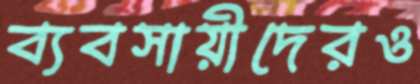
ব্যবসায়ীদেরও